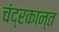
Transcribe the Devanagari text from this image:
चंद्रकान्त